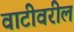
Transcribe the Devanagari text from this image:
वाटीवरील